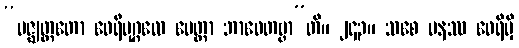
“မဇ္ဈတ္တတော ဝေရီပုဂ္ဂလေ မေတ္တာ ဘာဝေတဗ္ဗာ”တိ။ ၂၄၃။ သစေ ပနဿ ဝေရိမှိ